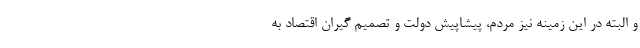
و البته در این زمینه نیز مردم، پیشاپیش دولت و تصمیم گیران اقتصاد به